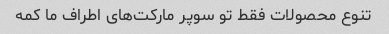
تنوع محصولات فقط تو سوپر مارکت‌های اطراف ما کمه